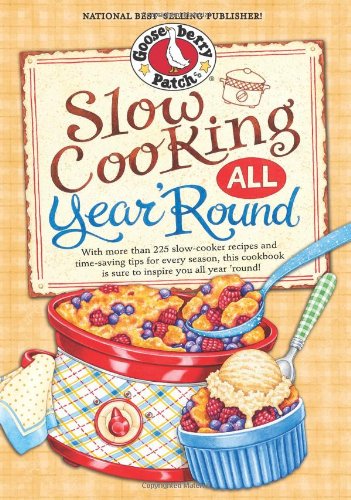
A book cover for Slow Cooking All Year 'Round: More than 225 of our favorite recipes for the slow cooker, plus time-saving tricks & tips for everyone's favorite kitchen helper! (Everyday Cookbook Collection); Gooseberry Patch; Cookbooks, Food & Wine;